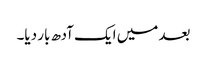
بعد میں ایک آدھ بار دیا۔